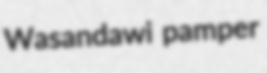
Wasandawi pamper